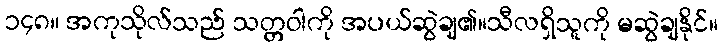
၁၄၈။ အကုသိုလ်သည် သတ္တဝါကို အပယ်ဆွဲချ၏။သီလရှိသူကို မဆွဲချနိုင်။